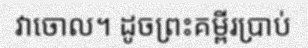
វាចោល។ ដូចព្រះគម្ពីរប្រាប់